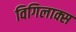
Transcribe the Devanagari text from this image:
विगिलाक्स